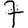
Digit: 7